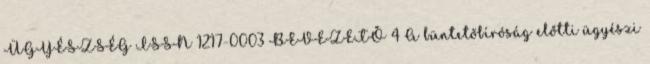
ÜGYÉSZSÉG ISSN 1217-0003 BEVEZETŐ 4 A büntetőbíróság előtti ügyészi